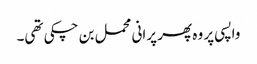
واپسی پر وہ پھر پرانی محمل بن چکی تھی۔